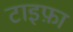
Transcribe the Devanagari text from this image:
टाइफ़ा